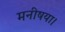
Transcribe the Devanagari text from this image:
मनीषया।